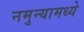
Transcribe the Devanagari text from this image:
नमुन्यामध्ये